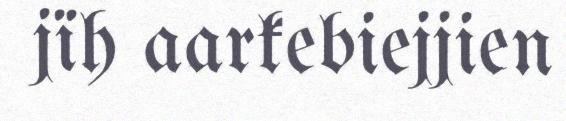
jïh aarkebiejjien